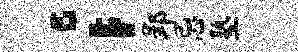
；郢忌塾